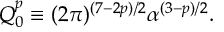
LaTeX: Q _ { 0 } ^ { p } \equiv ( 2 \pi ) ^ { ( 7 - 2 p ) / 2 } \alpha ^ { ( 3 - p ) / 2 } .